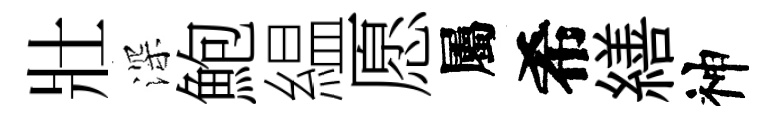
壯深鮑緼愿屬希繕神